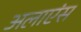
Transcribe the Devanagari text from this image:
अलाएंस